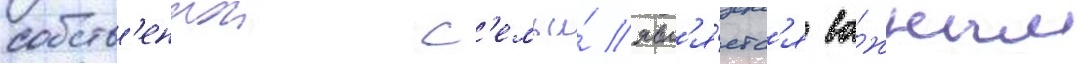
собств'еннои с'емьи́ явл'я́етс'я ва́жным